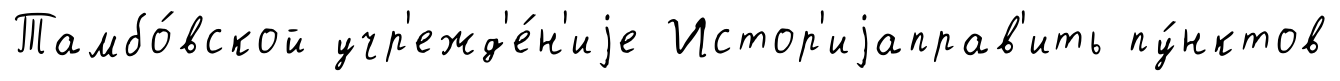
Тамбо́вской учр'ежд'е́н'иjе Истор'иjаправ'ить пу́нктов